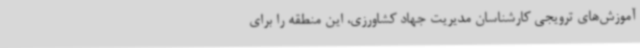
آموزش‌های ترویجی کارشناسان مدیریت جهاد کشاورزی، این منطقه را برای